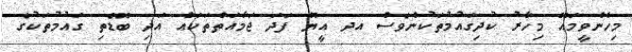
މިހެންވީމައޭ މިހާރު ކުދިގައުމުތަކުންވެސް އދ އީޔޫ ފަދަ ޖަމާއަތްތަކައް އަދި ބޮޑެތި ގައުމުތަކުގެ